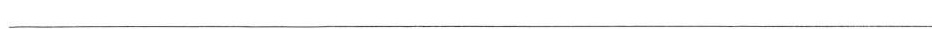
___